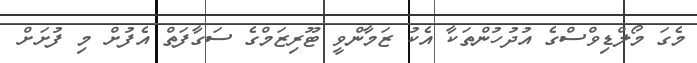
މެގަ މޯލްޑިވްސްގެ އުދުހުންތަކާ އެކު ޒަމާންވީ ޓޫރިޒަމްގެ ސަގާފަތް އެފުށް މި ފުށަށް